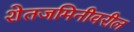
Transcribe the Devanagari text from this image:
शेतजमिनीवरील